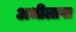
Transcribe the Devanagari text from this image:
अभीलाषा